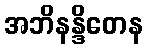
အဘိနန္ဒိတေန